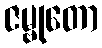
ဇမ္ဗုတော